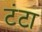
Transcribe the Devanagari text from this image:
टंटा